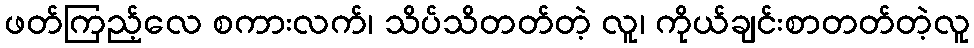
ဖတ်ကြည့်လေ စကားလက်၊ သိပ်သိတတ်တဲ့ လူ၊ ကိုယ်ချင်းစာတတ်တဲ့လူ